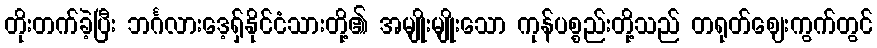
တိုးတက်ခဲ့ပြီး ဘင်္ဂလားဒေ့ရှ်နိုင်ငံသားတို့၏ အမျိုးမျိုးသော ကုန်ပစ္စည်းတို့သည် တရုတ်ဈေးကွက်တွင်